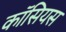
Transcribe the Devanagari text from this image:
कॉसियस